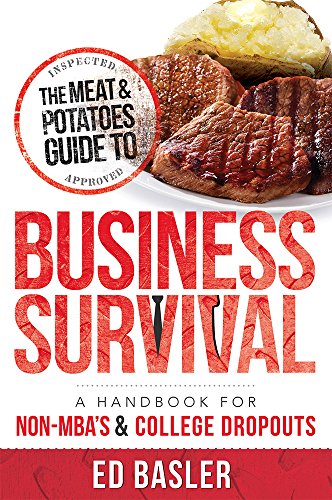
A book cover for The Meat & Potatoes Guide to Business Survival: A Handbook for Non-MBA's & College Dropouts; Ed Basler; Business & Money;